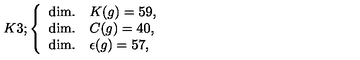
K 3 ; \left\{ \begin{array} { l l } { \mathrm { d i m . } } & { K ( g ) = 5 9 , } \\ { \mathrm { d i m . } } & { C ( g ) = 4 0 , } \\ { \mathrm { d i m . } } & { \epsilon ( g ) = 5 7 , } \\ \end{array} \right.